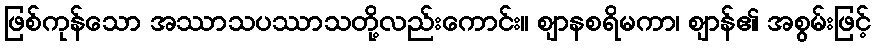
ဖြစ်ကုန်သော အဿာသပဿာသတို့လည်းကောင်း။ ဈာနစရိမကာ၊ ဈာန်၏ အစွမ်းဖြင့်